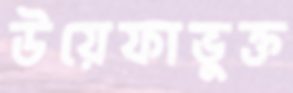
উয়েফাভুক্ত